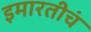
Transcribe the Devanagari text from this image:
इमारतीचं